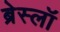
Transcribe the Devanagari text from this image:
ब्रेस्लॉ